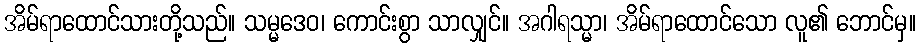
အိမ်ရာထောင်သားတို့သည်။ သမ္မဒေဝ၊ ကောင်းစွာ သာလျှင်။ အဂါရသ္မာ၊ အိမ်ရာထောင်သော လူ၏ ဘောင်မှ။